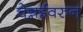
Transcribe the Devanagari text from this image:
चेन्नईवरुन